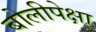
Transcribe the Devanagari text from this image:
बोलीपेक्षा